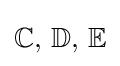
{\textstyle \mathbb {C} ,\,\mathbb {D} ,\,\mathbb {E} }